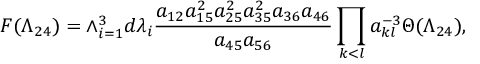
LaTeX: { \cal F } ( \Lambda _ { 2 4 } ) = \wedge _ { i = 1 } ^ { 3 } d \lambda _ { i } \frac { a _ { 1 2 } a _ { 1 5 } ^ { 2 } a _ { 2 5 } ^ { 2 } a _ { 3 5 } ^ { 2 } a _ { 3 6 } a _ { 4 6 } } { a _ { 4 5 } a _ { 5 6 } } \prod _ { k < l } a _ { k l } ^ { - 3 } \Theta ( \Lambda _ { 2 4 } ) ,